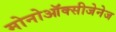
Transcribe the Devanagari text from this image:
मोनोऑक्सीजेनेज